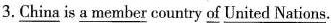
3. China is a member country of United Nations.